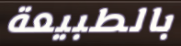
بالطبيعة